Lunatic asylums in Bengal annual reports 1912-1924 - 1912-1924
Year: 1912
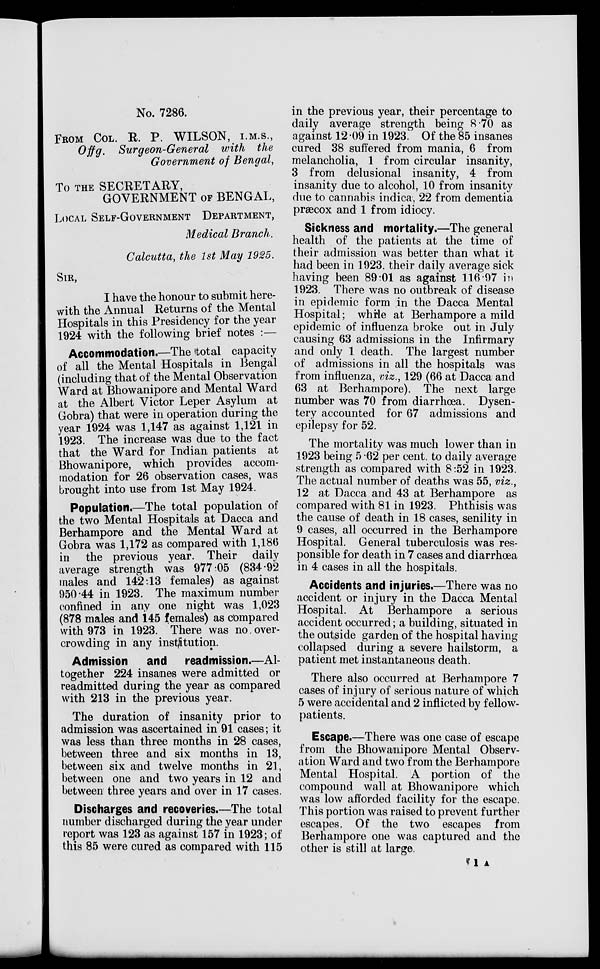
No. 7286.
FROM COL. R. P. WILSON, I.M.S.,
Offg. Surgeon-General
with the
Government of Bengal,
To THE SECRETARY,
GOVERNMENT OF BENGAL,
LOCAL SELF-GOVERNMENT DEPARTMENT,
Medical Branch.
Calcutta, the 1st May 1925.
SIR,
I have the honour to submit here-
with the Annual Returns of the Mental
Hospitals in this Presidency for the year
1924 with the following brief notes : —
Accommodation.—The total capacity
of all the Mental Hospitals in Bengal
(including that of the Mental Observation
Ward at Bhowanipore and Mental Ward
at the Albert Victor Leper Asylum at
Gobra) that were in operation during the
year 1924 was 1,147 as against 1,121 in
1923. The increase was due to the fact
that the Ward for Indian patients at
Bhowanipore, which provides accom-
modation for 26 observation cases, was
brought into use from 1st May 1924.
Population.—The total population of
the two Mental Hospitals at Dacca and
Berhampore and the Mental Ward at
Gobra was 1,172 as compared with 1,186
in the previous year. Their daily
average strength was 977.05 (834.92
males and 142.13 females) as against
950.44 in 1923. The maximum number
confined in any one night was 1,023
(878 males and 145 females) as compared
with 973 in 1923. There was no over-
crowding in any institution.
Admission
and
readmission.—Al-
together 224 insanes were admitted or
readmitted during the year as compared
with 213 in the previous year.
The duration of insanity prior to
admission was ascertained in 91 cases; it
was less than three months in 28 cases,
between three and six months in 13,
between six and twelve months in 21,
between one and two years in 12 and
between three years and over in 17 cases.
Discharges and recoveries.—The total
number discharged during the year under
report was 123 as against 157 in 1923; of
this 85 were cured as compared with 115
in the previous year, their percentage to
daily average strength being 8.70 as
against 12 09 in 1923. Of the 85 insanes
cured 38 suffered from mania, 6 from
melancholia, 1 from circular insanity,
3 from delusional insanity, 4 from
insanity due to alcohol, 10 from insanity
due to cannabis indica, 22 from dementia
præcox and 1 from idiocy.
Sickness and mortality.—The general
health of the patients at the time of
their admission was better than what it
had been in 1923. their daily average sick
having been 89.01 as against 116.97 in
1923. There was no outbreak of disease
in epidemic form in the Dacca Mental
Hospital; while at Berhampore a mild
epidemic of influenza broke out in July
causing 63 admissions in the Infirmary
and only 1 death. The largest number
of admissions in all the hospitals was
from influenza, viz., 129 (66 at Dacca and
63 at Berhampore). The next large
number was 70 from diarrhœa. Dysen-
tery accounted for 67 admissions and
epilepsy for 52.
The mortality was much lower than in
1923 being 5.62 per cent. to daily average
strength as compared with 8.52 in 1923.
The actual number of deaths was 55, viz.,
12 at Dacca and 43 at Berhampore as
compared with 81 in 1923. Phthisis was
the cause of death in 18 cases, senility in
9 cases, all occurred in the Berhampore
Hospital. General tuberculosis was res-
ponsible for death in 7 cases and diarrhœa
in 4 cases in all the hospitals.
Accidents and injuries.—There was no
accident or injury in the Dacca Mental
Hospital. At Berhampore a serious
accident occurred; a building, situated in
the outside garden of the hospital having
collapsed during a severe hailstorm, a
patient met instantaneous death.
There also occurred at Berhampore 7
cases of injury of serious nature of which
5 were accidental and 2 inflicted by fellow-
patients.
Escape.—There was one case of escape
from the Bhowanipore Mental Observ-
ation Ward and two from the Berhampore
Mental Hospital. A portion of the
compound wall at Bhowanipore which
was low afforded facility for the escape.
This portion was raised to prevent further
escapes. Of the two escapes from
Berhampore one was captured and the
other is still at large.
1 A